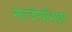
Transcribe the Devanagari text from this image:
नारदीयशिक्षा